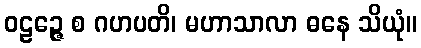
ဝဠဉ္ဇေ စ ဂဟပတိ၊ မဟာသာလာ ဓနေ သိယုံ။